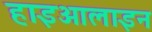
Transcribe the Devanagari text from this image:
हाइआलाइन